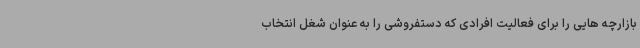
بازارچه هایی را برای فعالیت افرادی که دستفروشی را به عنوان شغل انتخاب